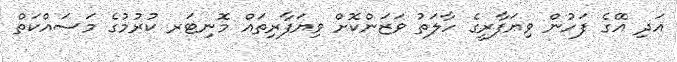
އަދި އޭގެ ފަހުން ވިޔަފާރީގެ ހާލަތު ވަޒަންކޮށް ވިޔަފާރިތައް މޮނިޓަރ ކުރުމުގެ މަސައްކަތް